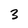
Character: 3